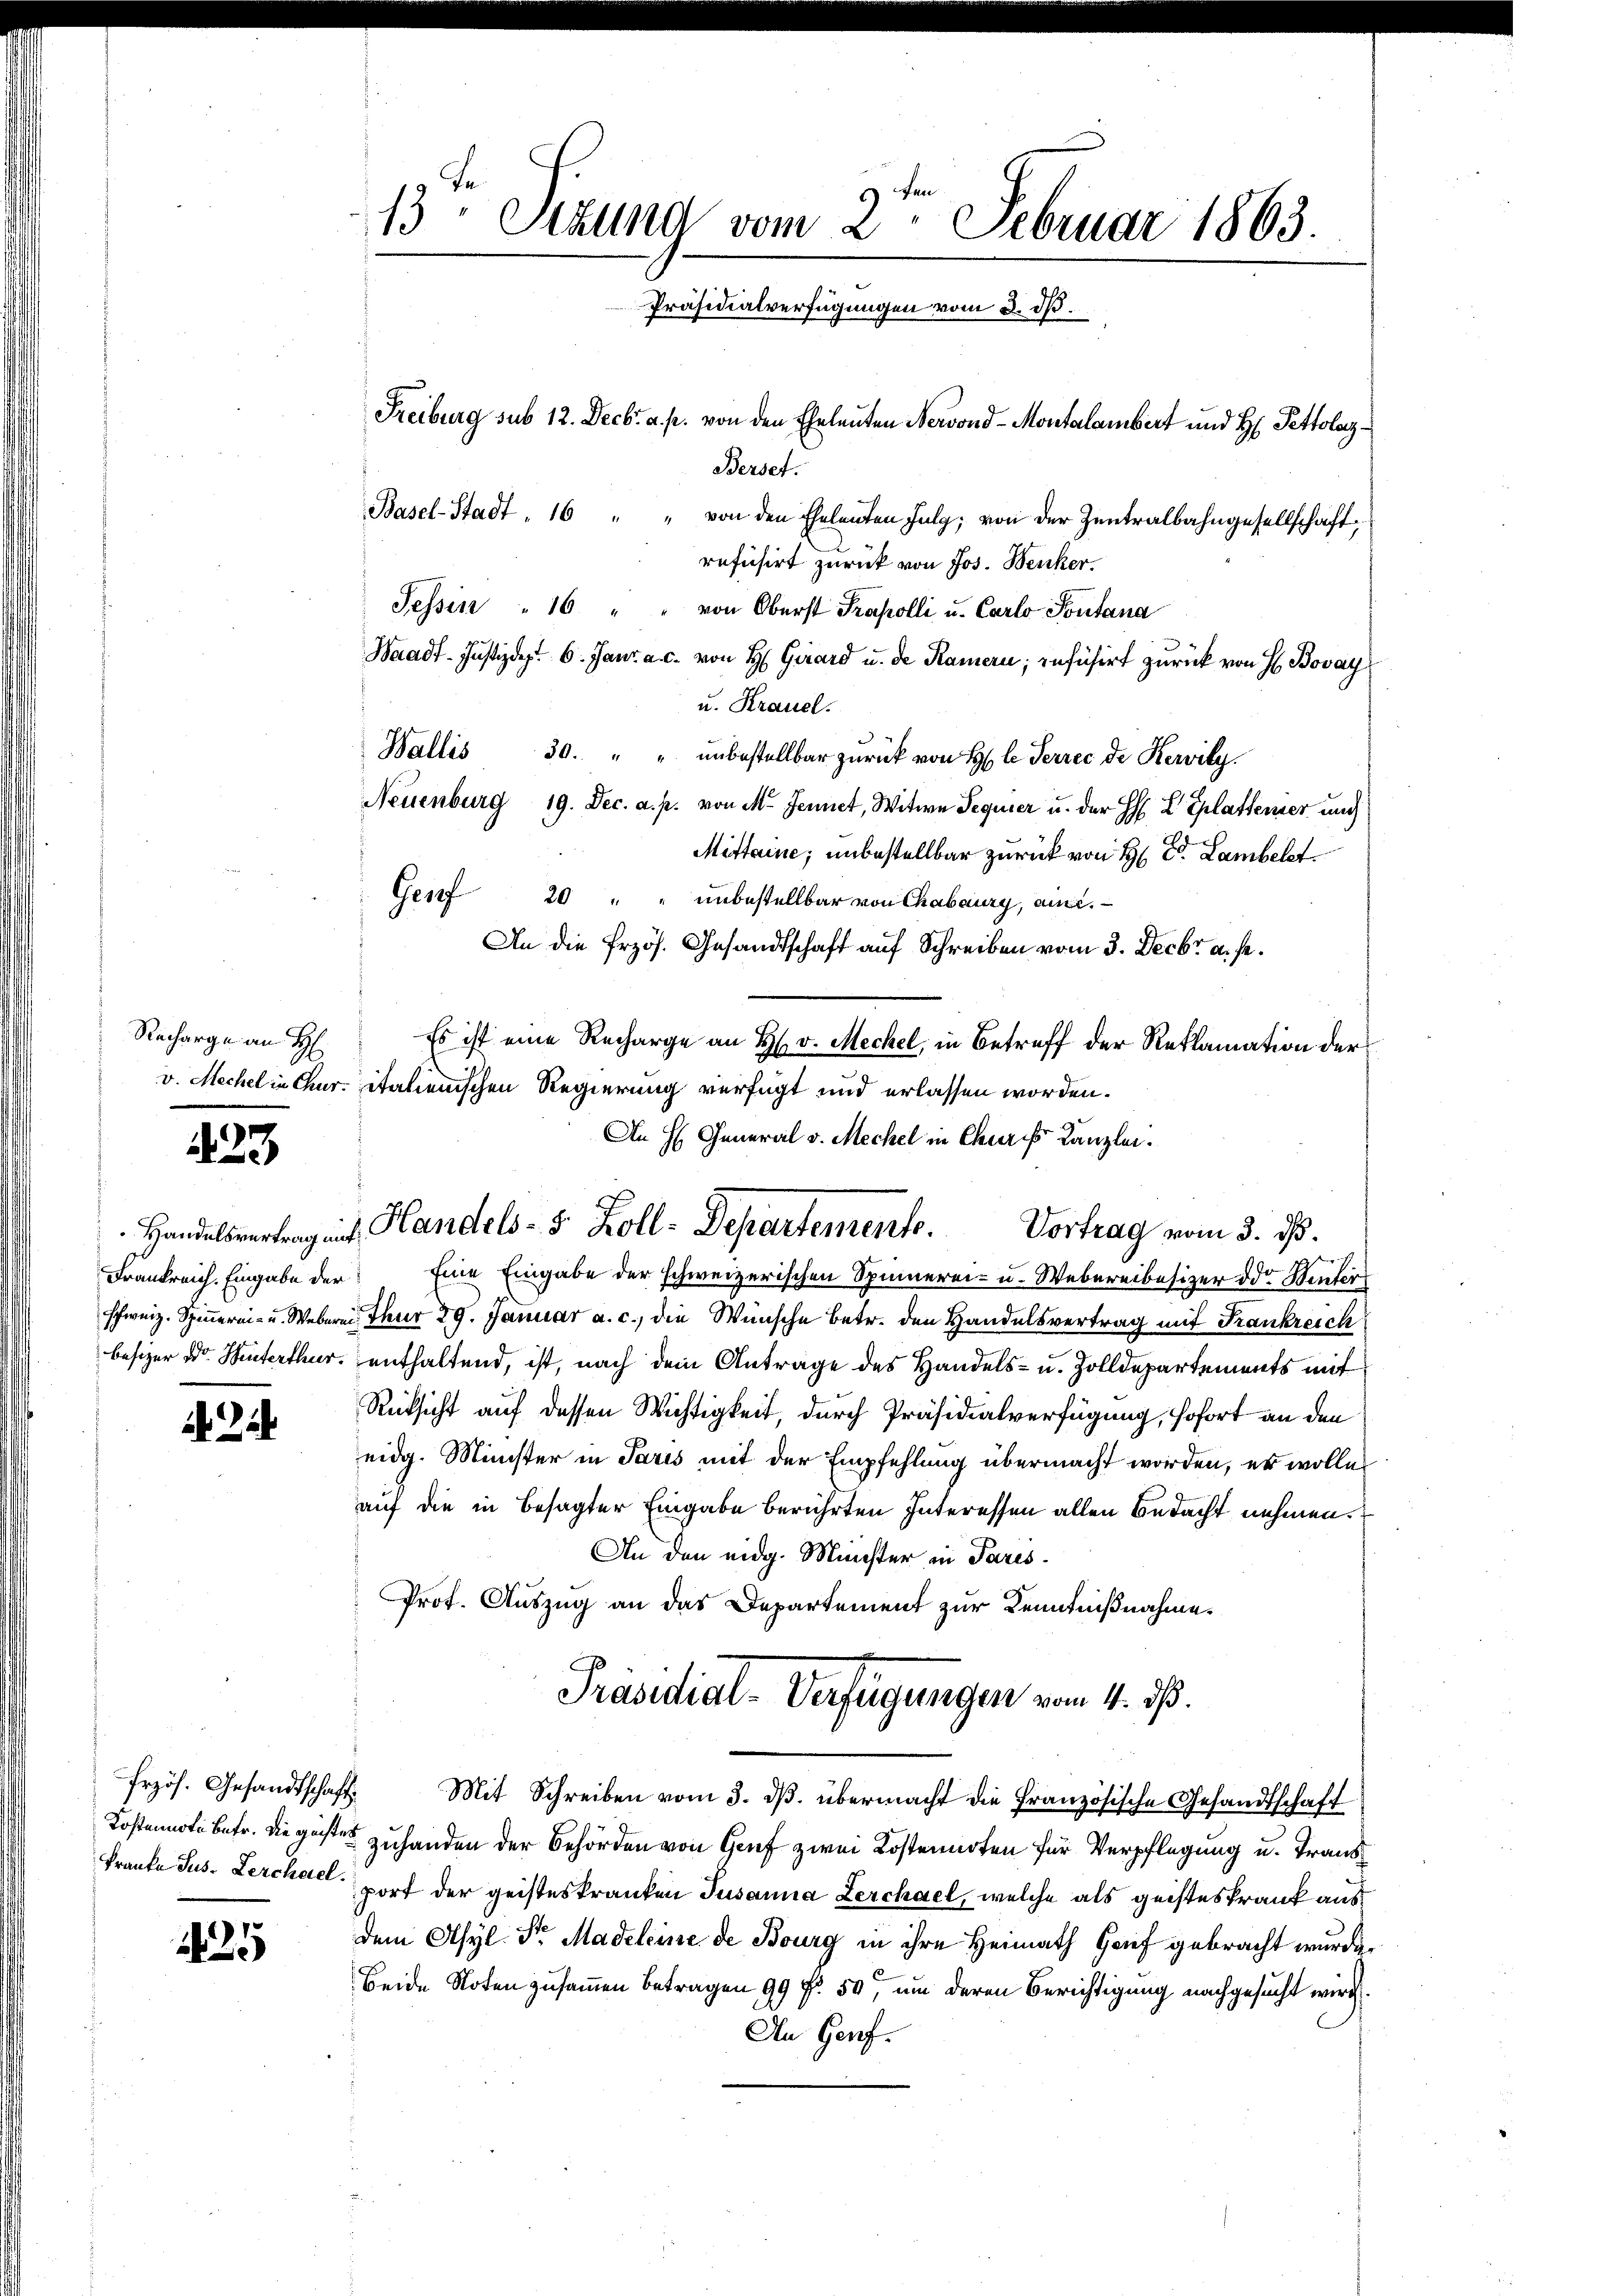
Recharge an H

23

2

1425

13 Sizund vom 2. Februar 1863.
Präsidialverfügungen vom 3. dß.
Freiburg sub 12. Decbr. a. p. von den Eheleuten Nervond-Montalambert und H: Pettolarz¬

Berset
Basel-Stadt . 16 " " von den Eheleuten July, von der Zentralbahngesellschaft,
refusirt zurück von Jos. Benker.
Tessin " 16 " " von Oberst Trapolli u. Carlo Pontana
Waadt- Justizdep. 6. Janz a. c. von H. Girard u. de Kamern, inführt zurück von H. Bovay
u. Krauel.
Wallis 30. " " unbestellbar zurück von H le Terrec de Kervily.
Neuenburg 19. Dec. a. p. von M. Jennet, Witwe Sequier u. der H: L Eplattener und
Mittaine; unbestellbar zurück von H: Dr. Lambelst
Genf 20 " " unbestellbar von Chabaury, aine.
An die Erzös. Gesandtschaft auf Schreiben vom 3. Decbr a. s.
Es ist eine Recharge an H. v. Meckel, in Betreff der Reklamation der
v. Mechel in Chur. italienischen Regierung verfügt und erlassen worden.
Frankreich. Eingabe der Eine Eingabe der schweizerischen Spinnerei- u. Webereibesizer oder Winter
schweiz. Spinnerei- u. Weberei. Nur 29. Januar a. c., die Wünsche betr. den Handelsvertrag mit Frankreich
besizer Dr. Hinterthur, enthaltend, ist, nach dem Antrage des Handels- u. Zolldepartements mit
Rücksicht auf dessen Wichtigkeit, durch Präsidialverfügung, sofort an den
eidg. Minister in Paris mit der Empfehlung übermacht worden, er wolle
auf die in besagter Eingabe berührten Interessen allen Bedacht nehmen.
An den eidg. Münster in Paris
Prof. Auszug an das Departement zur Kenntnißnahme.
Präsidial-Verfügungen vom 4. d.
frzös. Gesandtschaft. Mit Schreiben vom 3. dβ. übermacht die Französische Gesandtschaft
Kostennote betr. die gesten zuhanden der Behörden von Genf zwei Kostennoten für Verpflegung u. Trans
Franka Jus - Lerchalport der geisteskranken Susanna Lerchael, welche als geisteskrank ausdem Asyl. Sr Madeleine de Bourg in ihre Heimath Grief gebracht wurde.
Beide Noten zusammen betragen 99 f. 50, um deren Berichtigung nachgesucht wird.
An Genf.

An H. General v. Mechel in Churis Kanzlei.
 Handelsvertrag auf Handels- 5. Koll-Departemente. Vortrag vom 3. ds.